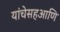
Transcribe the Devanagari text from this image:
यांचेसहआणि